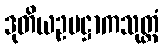
ဒုတိယဥပဋ္ဌာကသုတ္တံ